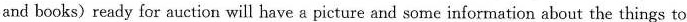
and books) ready for auction will have a picture and some information about the things to